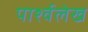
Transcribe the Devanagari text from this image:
पार्श्वलेख